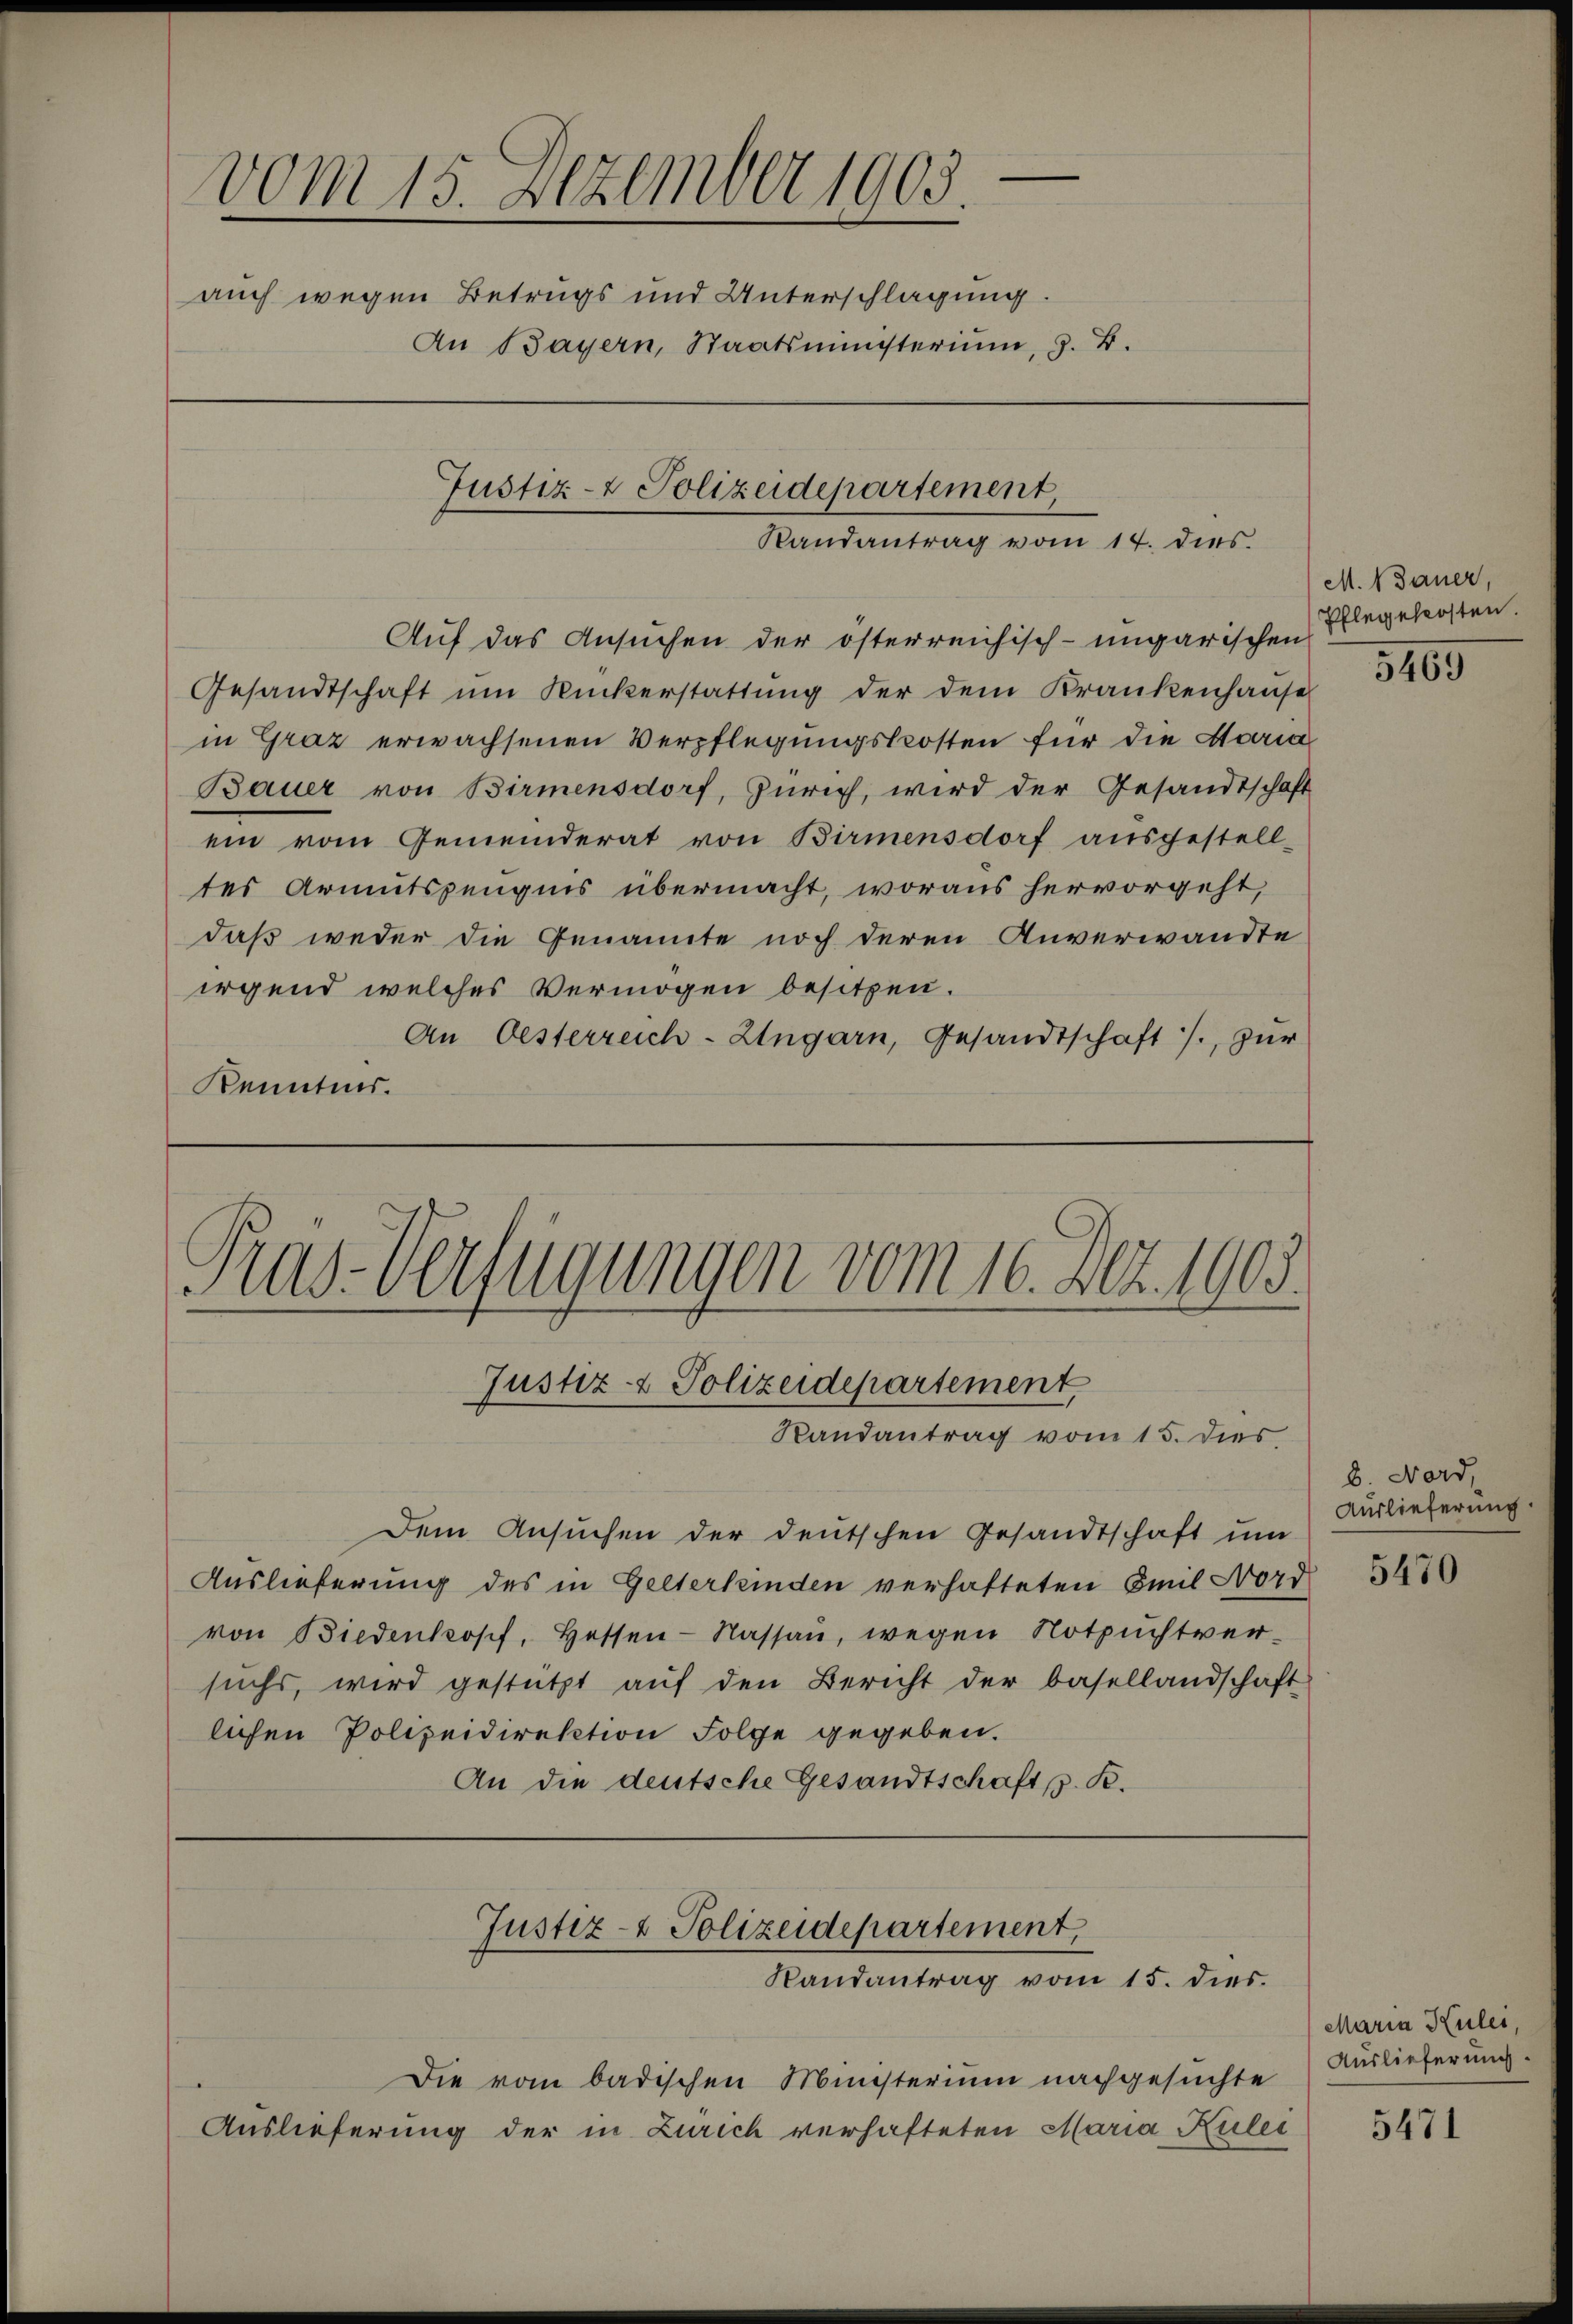
d
vom 15. Dezember 1903
auch wegen Betrugs und Unterschlagung.
An Bayern, Staatsministerium, z. B.
Justiz- & Polizeidepartement,
Randantrag vom 17. dies

Auf das Ansuchen der österreichisch-ungarischen
Gesandtschaft ŭm Rückerstattŭng der dem Krankenhause
in Graz erwachsenen Verpflegungskosten für die Maria
Bauer von Birmensdorf, Zürich, wird der Gesandtschaft
ein vom Gemeinderat von Birmensdorf ausgestell-
tes Armutszeugnis übermacht, woraus hervorgeht,
daß weder die Genannte noch deren Anverwandte
irgend welches Vermögen besitzen.
An Oesterreich-Ungarn, Gesandtschaft /., zur
Kenntnis.

.
Kas-Verfügungen vom 16. Act. 1903.
Justiz- & Polizeidepartement,
Randantrag vom 15. dies

Justiz- & Polizeidepartement,
Randantrag vom 15. dies.

Die vom badischen Ministerium nachgesuchte
Auslieferung der in Zürich verhafteten Maria Kulei

M. N Dauer,
Pflegekosten.

Dem Ansuchen der deutschen Gesandtschaft ŭm
Auslieferung des in Gelterkinden verhafteten Emil Nord
von Biedenkopf, Hessen-Nassau, wegen Notzuchtversuchs, wird gestützt aŭf den Bericht der Basellandschaft
lichen Polizeidirektion Folge gegeben.
An die deutsche Gesandtschaft pp. B.

5469

8. Nord,
Auslieferung

5470

Maria Kulei,
Auslieferung.

5471